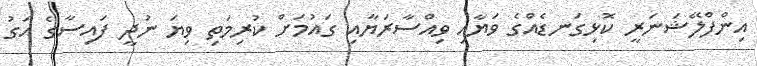
އިންފްލޭޝަނަރީ ކޮޅިގަނޑެއްގެ ވަޔާއި ވިއްސާރަޔާއި ގައުމަށް ކުރިމަތި ވިޔަ ނުދީ ފައިސާގެ އަގު